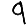
Digit: 9